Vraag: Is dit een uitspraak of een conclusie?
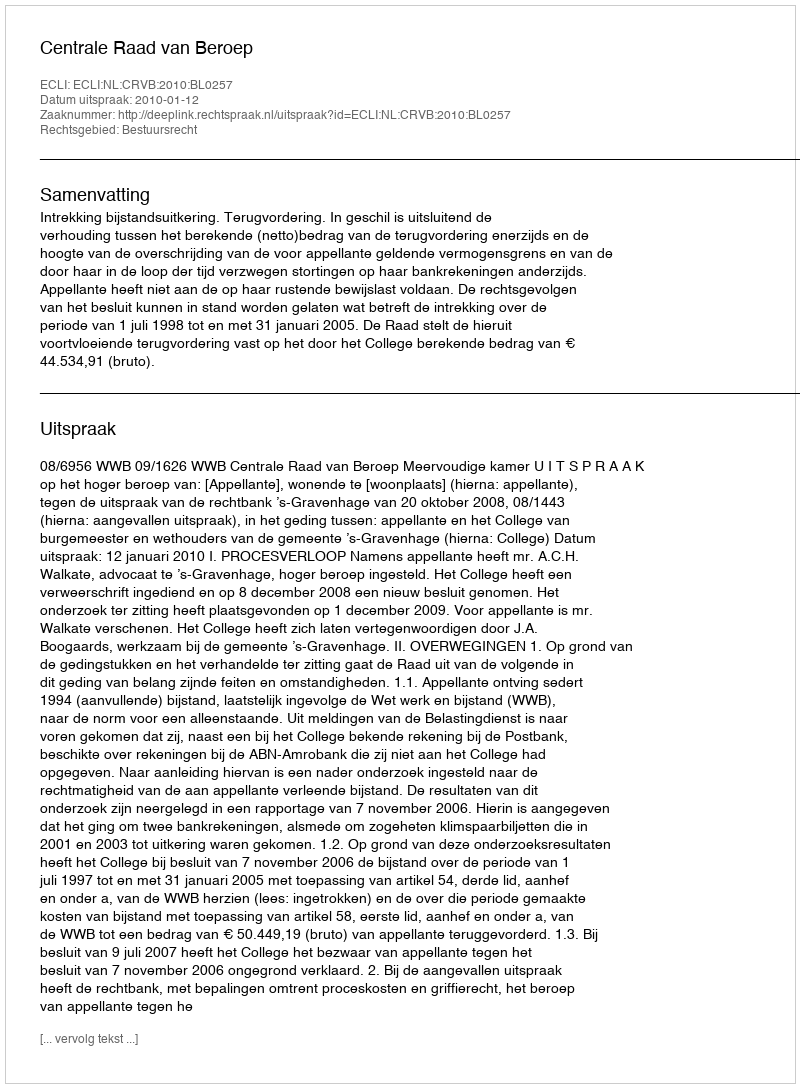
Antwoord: Uitspraak